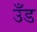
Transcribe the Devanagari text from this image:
उँड